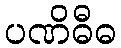
ပဏိဓီဓ